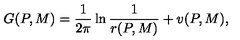
G ( P , M ) = { \frac { 1 } { 2 \pi } } \ln { \frac { 1 } { r ( P , M ) } } + v ( P , M ) ,